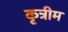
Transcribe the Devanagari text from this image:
कृत्रीम